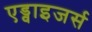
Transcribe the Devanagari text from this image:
एड्वाइजर्स